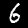
Label: 6